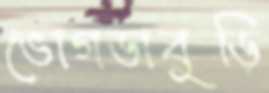
ভোগডাবুড়ি